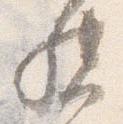
督